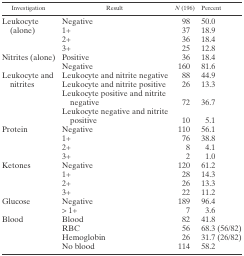
<table><thead><tr><td><b>Investigation</b></td><td><b>Result</b></td><td><b><i>N</i> (196)</b></td><td><b>Percent</b></td></tr></thead><tbody><tr><td rowspan="4">Leukocyte (alone)</td><td>Negative</td><td>98</td><td>50.0</td></tr><tr><td>1+</td><td>37</td><td>18.9</td></tr><tr><td>2+</td><td>36</td><td>18.4</td></tr><tr><td>3+</td><td>25</td><td>12.8</td></tr><tr><td rowspan="2">Nitrites (alone)</td><td>Positive</td><td>36</td><td>18.4</td></tr><tr><td>Negative</td><td>160</td><td>81.6</td></tr><tr><td rowspan="4">Leukocyte and nitrites</td><td>Leukocyte and nitrite negative</td><td>88</td><td>44.9</td></tr><tr><td>Leukocyte and nitrite positive</td><td>26</td><td>13.3</td></tr><tr><td>Leukocyte positive and nitrite negative</td><td>72</td><td>36.7</td></tr><tr><td>Leukocyte negative and nitrite positive</td><td>10</td><td>5.1</td></tr><tr><td rowspan="4">Protein</td><td>Negative</td><td>110</td><td>56.1</td></tr><tr><td>1+</td><td>76</td><td>38.8</td></tr><tr><td>2+</td><td>8</td><td>4.1</td></tr><tr><td>3+</td><td>2</td><td>1.0</td></tr><tr><td rowspan="4">Ketones</td><td>Negative</td><td>120</td><td>61.2</td></tr><tr><td>1+</td><td>28</td><td>14.3</td></tr><tr><td>2+</td><td>26</td><td>13.3</td></tr><tr><td>3+</td><td>22</td><td>11.2</td></tr><tr><td rowspan="2">Glucose</td><td>Negative</td><td>189</td><td>96.4</td></tr><tr><td>&gt; 1+</td><td>7</td><td>3.6</td></tr><tr><td rowspan="4">Blood</td><td>Blood</td><td>82</td><td>41.8</td></tr><tr><td>RBC</td><td>56</td><td>68.3 (56/82)</td></tr><tr><td>Hemoglobin</td><td>26</td><td>31.7 (26/82)</td></tr><tr><td>No blood</td><td>114</td><td>58.2</td></tr></tbody></table>